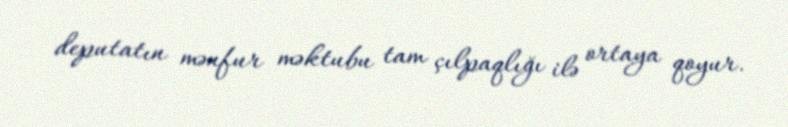
deputatın mənfur məktubu tam çılpaqlığı ilə ortaya qoyur.